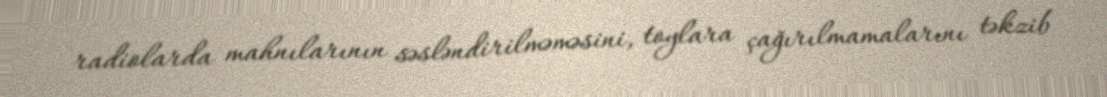
radiolarda mahnılarının səsləndirilməməsini, toylara çağırılmamalarını təkzib